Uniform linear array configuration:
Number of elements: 16
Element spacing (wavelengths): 0.25
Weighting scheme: exponential
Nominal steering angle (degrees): -45
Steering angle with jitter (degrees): -44.531
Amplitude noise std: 0.05
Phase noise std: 0.05

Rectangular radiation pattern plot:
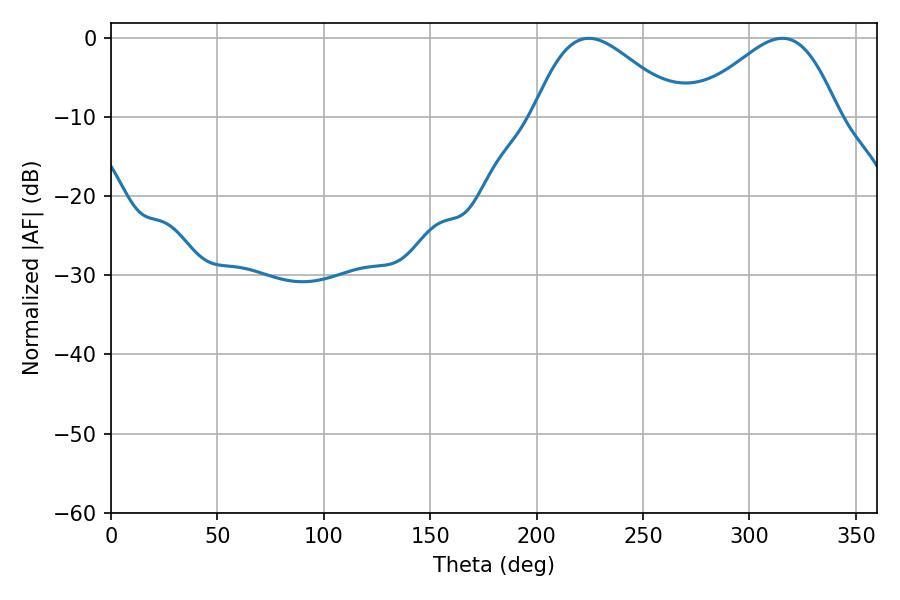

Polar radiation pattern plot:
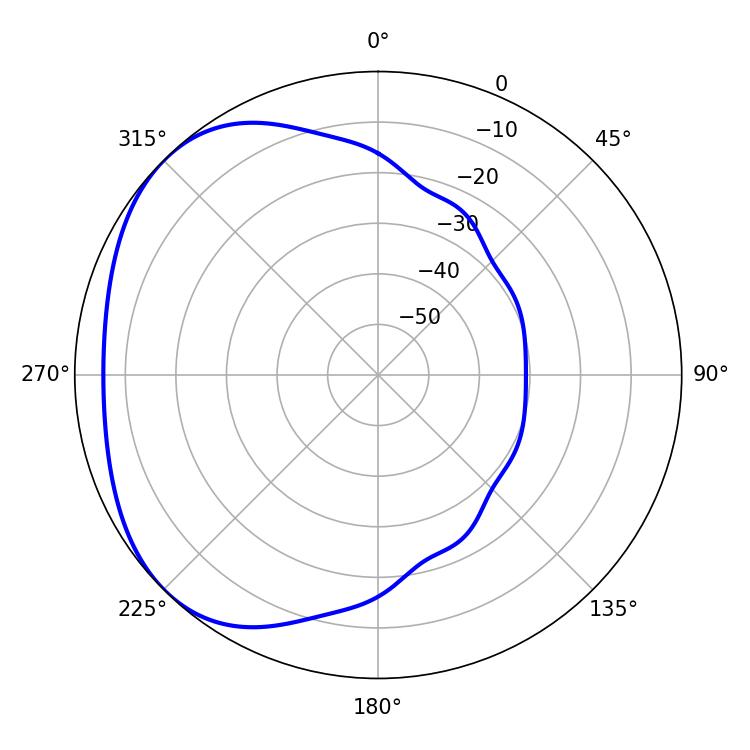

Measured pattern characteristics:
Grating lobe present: FALSE
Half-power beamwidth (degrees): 36.54
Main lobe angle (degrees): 224.46